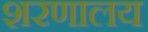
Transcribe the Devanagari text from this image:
शरणालय